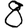
Digit: 8